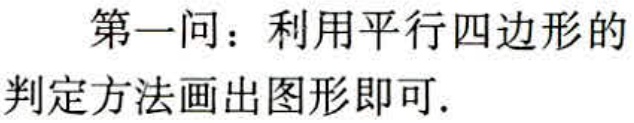
第一问：利用平行四边形的判定方法画出图形即可.